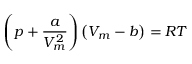
\left( p + { \frac { a } { V _ { m } ^ { 2 } } } \right) \left( V _ { m } - b \right) = R T